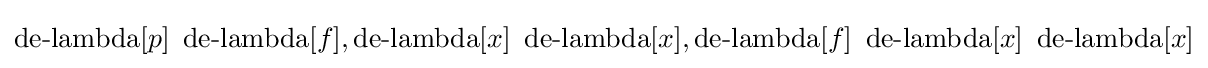
\operatorname {de-lambda} [p]\ \operatorname {de-lambda} [f],\operatorname {de-lambda} [x]\ \operatorname {de-lambda} [x],\operatorname {de-lambda} [f]\ \operatorname {de-lambda} [x]\ \operatorname {de-lambda} [x]